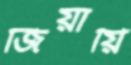
জিয়ায়ি